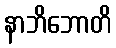
နာဘိဘောတိ